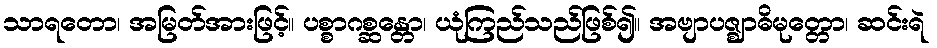
သာရတော၊ အမြတ်အားဖြင့်။ ပစ္စာဂစ္ဆန္တော၊ ယုံကြည်သည်ဖြစ်၍။ အဗျာပဇ္ဈာဓိမုတ္တော၊ ဆင်းရဲ